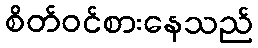
စိတ်ဝင်စားနေသည်